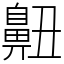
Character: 䶊